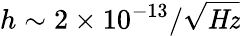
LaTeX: h\sim{2\times 10^{-13}/{\sqrt{\mathit{Hz}}}}